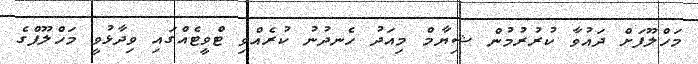
މަހްލޫފަށް ދައުވާ ކުރުރުމުން ޝިޔާމް މިއަދު ހެނދުނު ކުރެއްވި ޓްވީޓެއްގައި ވިދާޅުވީ މަހްލޫފްގެ